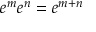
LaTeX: e ^ { m } e ^ { n } = e ^ { m + n }